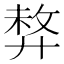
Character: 𢍛